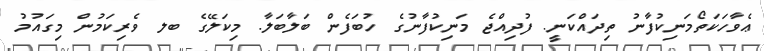
ޢެވާހަކަތޯމަނިކުފާނު ތިދައްކަނީ. ފުދިއްޖެ މަނިކުފާނުގެ ހުބަފެން ބަލާބަލާ. މިކަލޭގެ ބލ ވެރިކަމުން މިގައުމު